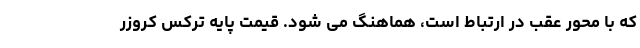
که با محور عقب در ارتباط است، هماهنگ می شود. قیمت پایه ترکس کروزر